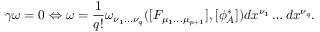
\gamma \omega = 0 \Leftrightarrow \omega = \frac { 1 } { q ! } \omega _ { \nu _ { 1 } . . . \nu _ { q } } ( [ F _ { \mu _ { 1 } . . . \mu _ { p + 1 } } ] , [ \phi _ { A } ^ { * } ] ) d x ^ { \nu _ { 1 } } \dots d x ^ { \nu _ { q } } .